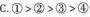
C.$$① > ② > ③ > ④$$